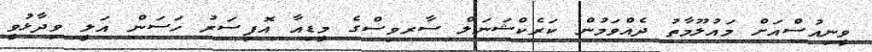
ވީނިއުސްއަށް މައުލޫމާތު ދެއްވަމުން ކަރެކްޝަނަލް ސާރވިސްގެ މީޑިއާ އޮފިސަރު ހަސަން އަލީ ވިދާޅުވީ